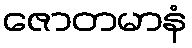
ဇောတမာနံ